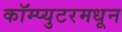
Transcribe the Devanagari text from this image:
कॉम्प्युटरमधून